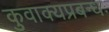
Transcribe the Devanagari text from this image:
कुवाक्यप्रबन्धः